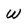
Character: w